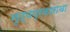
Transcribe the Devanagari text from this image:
नृत्यप्रकाराचा